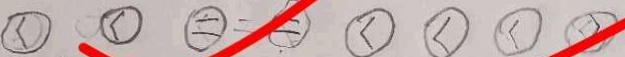
\textcircled { < } \textcircled { < } \textcircled { = } \textcircled { = } \textcircled { < } \textcircled { < } \textcircled { < } \textcircled { > }